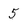
Character: 5